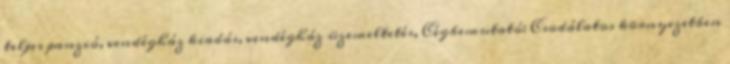
teljes panzió, vendégház kiadás, vendégház üzemeltetés, Cégbemutató: Csodálatos környezetben